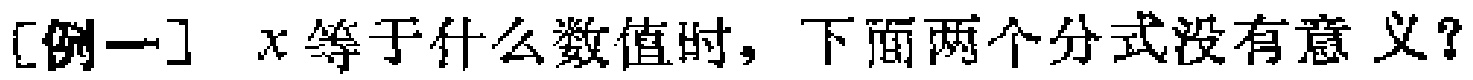
[例一] \(x\)等于什么数值时，下面两个分式没有意义？